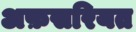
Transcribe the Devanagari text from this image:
अफ़सरियत